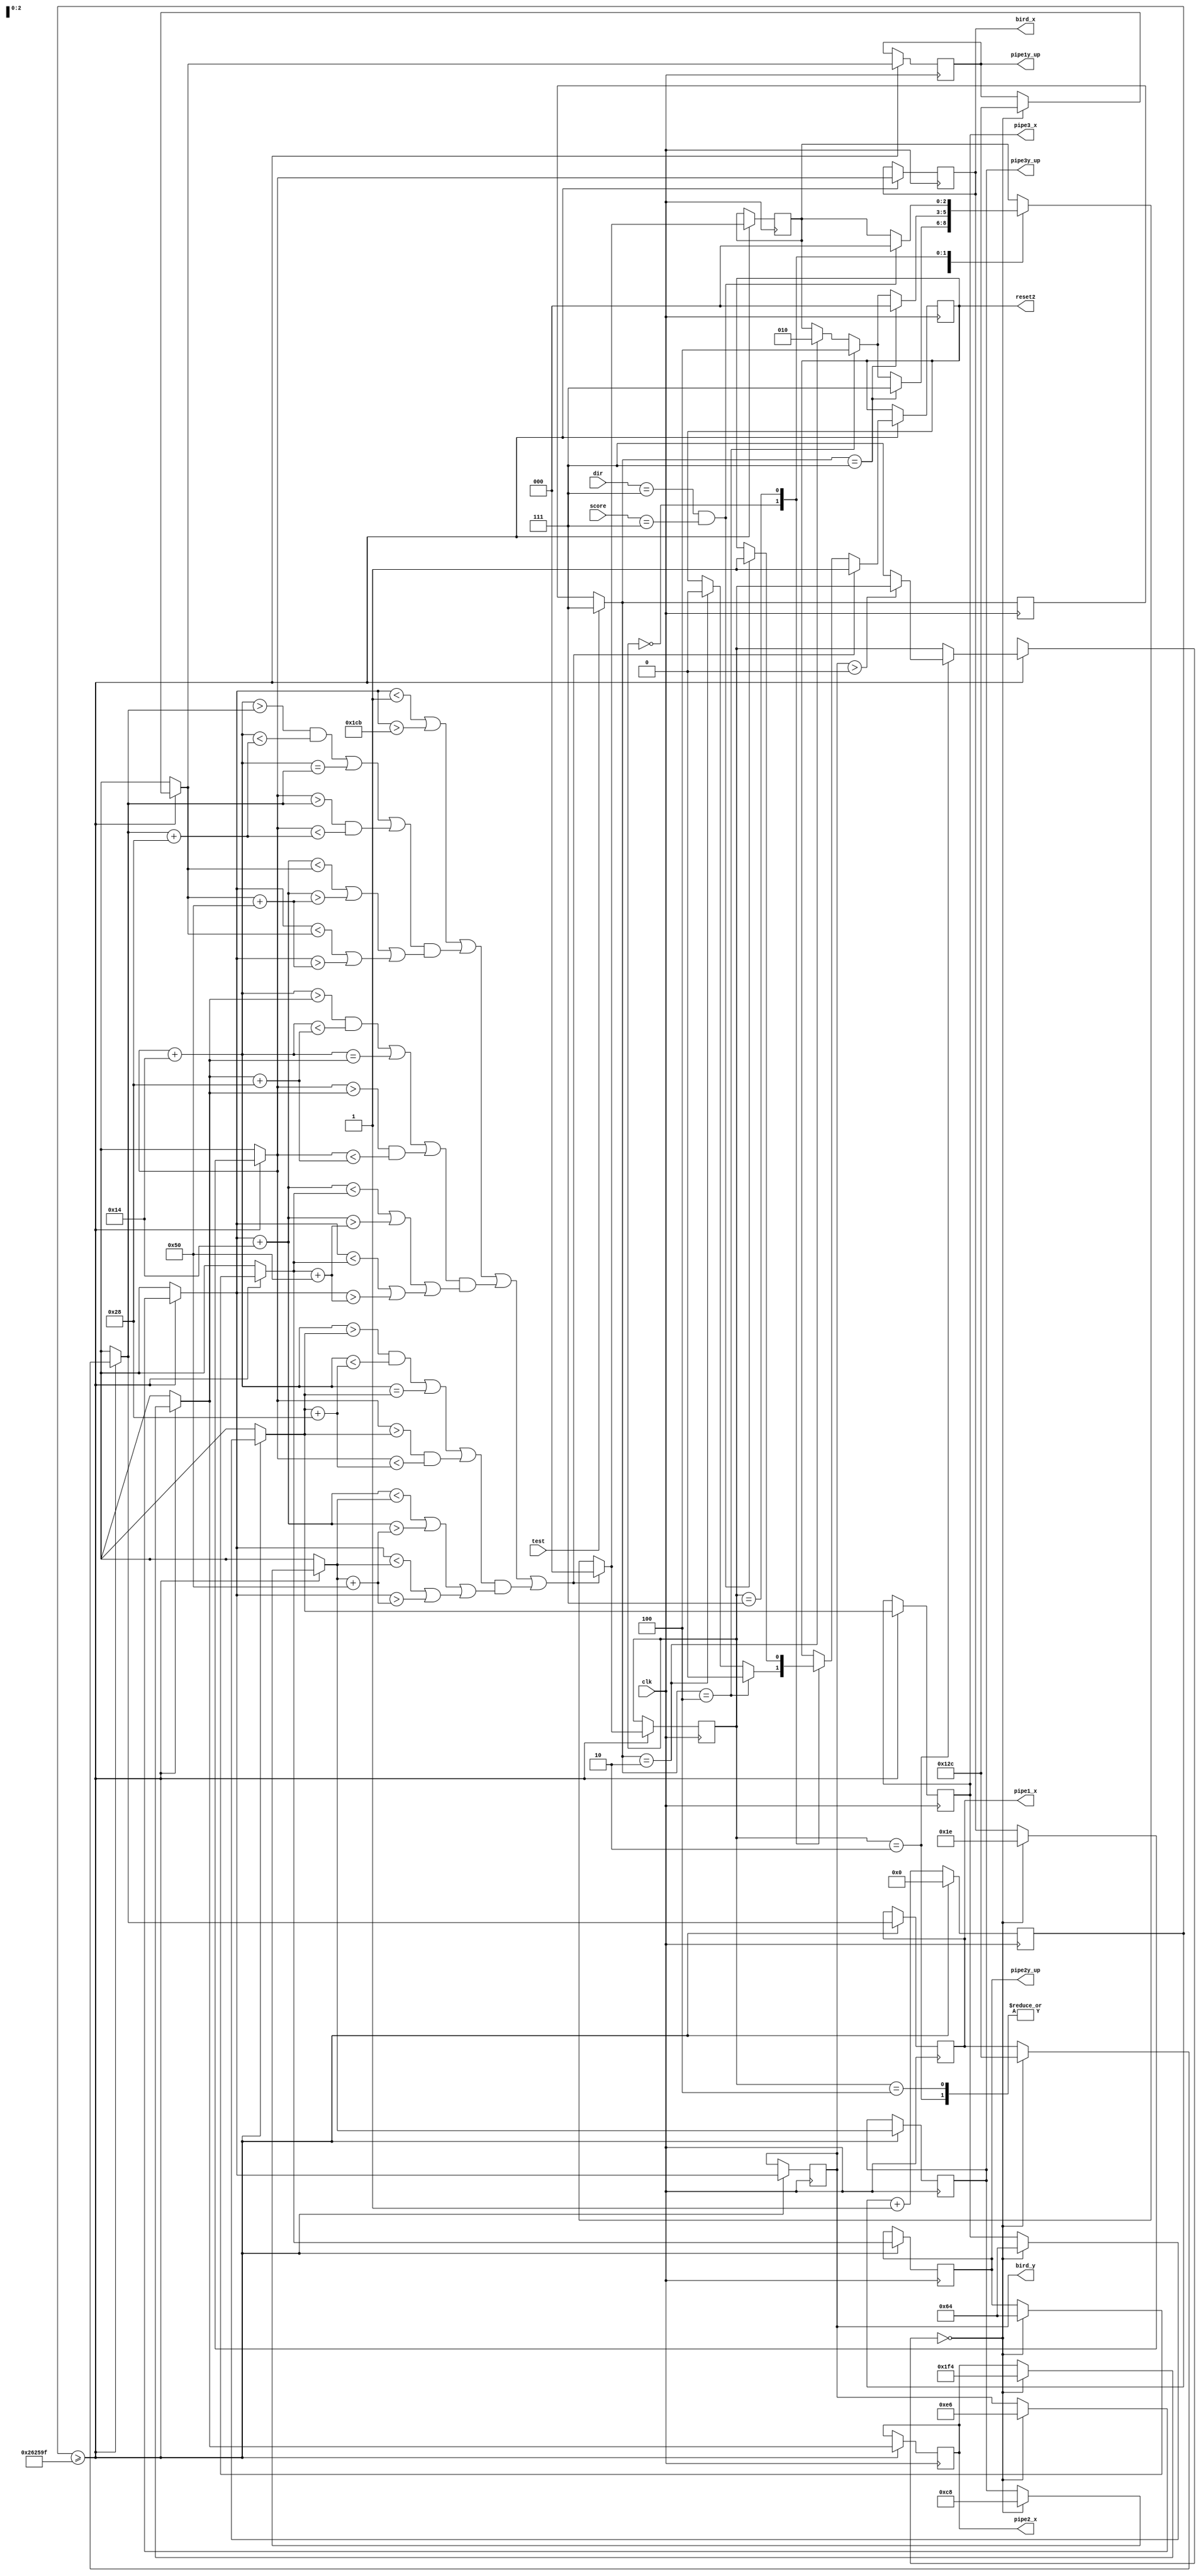
module mover(test,clk, dir,score, reset2, bird_x, bird_y, pipe1_x, pipe1y_up, pipe2_x, pipe2y_up, pipe3_x, pipe3y_up);
  input test;
  input clk;
  //reset;
  input [2:0] dir;
  input [2:0] score;
  reg [2:0] c_state;
  reg [2:0] state;
  reg [2:0] next;
  parameter UP = 3'b010;
  parameter DOWN = 3'b100;
  parameter START = 3'b000;
  parameter RESET = 3'b111;
  output reg reset2;
  output reg [9:0] bird_x = 30;
  output reg [9:0] bird_y = 230;

  output reg [9:0] pipe1_x = 300;
  output reg [9:0] pipe1y_up = 300;
  // output reg [9:0] pipe1y_down = 380;

  output reg [9:0] pipe2_x = 500;
  output reg [9:0] pipe2y_up = 100;
  // output reg [9:0] pipe2_down = 180;

  output reg [9:0] pipe3_x = 100;
  output reg [9:0] pipe3y_up = 200;
  // output reg [9:0] pipe3y_down = 280;

  reg [22:0] counter;
  reg collision;

  initial begin
    state = 000;
    collision = 0;
    counter = 0;
    reset2 <= 1;
  end
  always @ (posedge clk)
    begin
    c_state <= dir;
    if (test)
     begin
       c_state =RESET;
      end
    counter <= counter + 1;
    if (counter >= 2499999)
      begin
        case (state)
        
        UP:
        begin
            
          if (bird_y > 0) begin
            bird_y <= bird_y - 10;
          end
          else begin
            state = RESET;
          end
          if (c_state == UP) begin
            next = UP;
          end
          if (c_state == DOWN) begin
            next = DOWN;
          end
          if (c_state == RESET) begin
            next = RESET;
          end
        end
        DOWN:
        begin
          if (bird_y < 460) begin
            bird_y <= bird_y + 10;
          end
          if (c_state == UP) begin
            next = UP;
          end
          if (c_state == DOWN) begin
            next = DOWN;
          end
          if (c_state == RESET) begin
            next = RESET;
          end
        end
        START:
        begin
          if (c_state == UP) begin
            reset2 <= 0;
            next = UP;
          end
          if (c_state == DOWN) begin
            reset2 <= 0;
            next = DOWN;
          end
          if (c_state == RESET) begin
            next = START;
          end
        end
        RESET:
        begin
          if (dir == RESET && score == RESET) begin
            next = START;
            reset2 <= 1;
          end
          end
        endcase
        if (state != RESET && state != START) begin
          if (pipe1_x < 1) begin
            pipe1_x <= 640;
          end
          else begin
            pipe1_x <= pipe1_x - 5;
          end
          if (pipe2_x < 1) begin
            pipe2_x <= 640;
          end
          else begin
            pipe2_x <= pipe2_x - 5;
          end
          if (pipe3_x < 1) begin
            pipe3_x <= 640;
          end
          else begin
            pipe3_x <= pipe3_x - 5;
          end
        end
        if (state == START) begin
          bird_x = 30;
          bird_y = 230;

          pipe1_x = 300;
          pipe1y_up = 300;

          pipe2_x = 500;
          pipe2y_up = 100;

          pipe3_x = 100;
          pipe3y_up = 200;
        end

        if (bird_y < 1 || bird_y > 459 ||
        ((((bird_x + 20) > pipe1_x && (bird_x + 20) < pipe1_x + 40) || ((bird_x + 20) == pipe1_x) || (bird_x > pipe1_x && bird_x < pipe1_x + 40)) && (((bird_y + 20 < pipe1y_up) || (bird_y + 20 > pipe1y_up + 80)) || ((bird_y < pipe1y_up) || (bird_y > pipe1y_up + 80)))) ||
        ((((bird_x + 20) > pipe2_x && (bird_x + 20) < pipe2_x + 40) || ((bird_x + 20) == pipe2_x) || (bird_x > pipe2_x && bird_x < pipe2_x + 40)) && (((bird_y + 20 < pipe2y_up) || (bird_y + 20 > pipe2y_up + 80)) || ((bird_y < pipe2y_up) || (bird_y > pipe2y_up + 80)))) ||
        ((((bird_x + 20) > pipe3_x && (bird_x + 20) < pipe3_x + 40) || ((bird_x + 20) == pipe3_x) || (bird_x > pipe3_x && bird_x < pipe3_x + 40)) && (((bird_y + 20 < pipe3y_up) || (bird_y + 20 > pipe3y_up + 80)) || ((bird_y < pipe3y_up) || (bird_y > pipe3y_up + 80))))) begin
          next = START;
          reset2 <= 1;
        end
        // if (bird_y < 1 || bird_y > 479 ||
        // ((bird_y < pipe1y_up || bird_y > pipe1y_up+80) && (bird_x+20 > pipe1_x || bird_x+20 < pipe1_x+5)) || ((bird_y+20 > pipe1y_up+80 || bird_y < pipe1y_up) && ((bird_x > pipe1_x && bird_x < pipe1_x+40) || (bird_x+20 > pipe1_x && bird_x+20 < pipe1_x+40))) ||
        // ((bird_y < pipe2y_up || bird_y > pipe2y_up+80) && (bird_x+20 > pipe2_x || bird_x+20 < pipe2_x+5)) || ((bird_y+20 > pipe2y_up+80 || bird_y < pipe2y_up) && ((bird_x > pipe2_x && bird_x < pipe2_x+40) || (bird_x+20 > pipe2_x && bird_x+20 < pipe2_x+40))) ||
        // ((bird_y < pipe3y_up || bird_y > pipe3y_up+80) && (bird_x+20 > pipe3_x || bird_x+20 < pipe3_x+5)) || ((bird_y+20 > pipe3y_up+80 || bird_y < pipe3y_up) && ((bird_x > pipe3_x && bird_x < pipe3_x+40) || (bird_x+20 > pipe3_x && bird_x+20 < pipe3_x+40)))) begin
        //   next = RESET;
        //   reset2 <= 1;
        // end
        state = next;
        counter <= 0;
      end
      
    end
endmodule